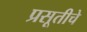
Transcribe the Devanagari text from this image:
प्रसूतीचे